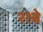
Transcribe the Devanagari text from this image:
२१चे